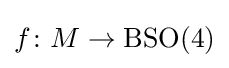
f\colon M\rightarrow \operatorname {BSO} (4)